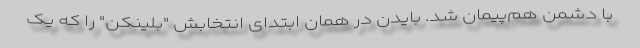
با دشمن هم‌پیمان شد. بایدن در همان ابتدای انتخابش "بلینکن" را که یک